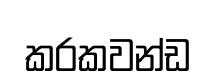
කරකවන්ඩ